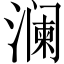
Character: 澜